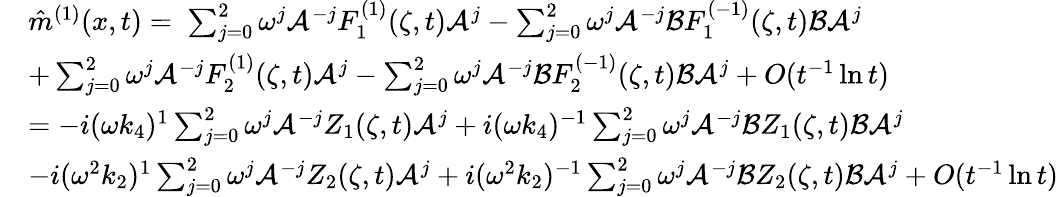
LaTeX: \begin{array}{rl}&{\hat{m}^{(1)}(x,t)=\; \sum_{j=0}^{2}\omega^{j}\mathcal{A}^{-j}F_{1}^{(1)}(\zeta,t)\mathcal{A}^{j}-\sum_{j=0}^{2}\omega^{j}\mathcal{A}^{-j}\mathcal{B}F_{1}^{(-1)}(\zeta,t)\mathcal{B}\mathcal{A}^{j}}\\ &{+\sum_{j=0}^{2}\omega^{j}\mathcal{A}^{-j}F_{2}^{(1)}(\zeta,t)\mathcal{A}^{j}-\sum_{j=0}^{2}\omega^{j}\mathcal{A}^{-j}\mathcal{B}F_{2}^{(-1)}(\zeta,t)\mathcal{B}\mathcal{A}^{j}+O(t^{-1}\ln t)}\\ &{=-i(\omega k_{4})^{1}\sum_{j=0}^{2}\omega^{j}\mathcal{A}^{-j}Z_{1}(\zeta,t)\mathcal{A}^{j}+i(\omega k_{4})^{-1}\sum_{j=0}^{2}\omega^{j}\mathcal{A}^{-j}\mathcal{B}Z_{1}(\zeta,t)\mathcal{B}\mathcal{A}^{j}}\\ &{-i(\omega^{2}k_{2})^{1}\sum_{j=0}^{2}\omega^{j}\mathcal{A}^{-j}Z_{2}(\zeta,t)\mathcal{A}^{j}+i(\omega^{2}k_{2})^{-1}\sum_{j=0}^{2}\omega^{j}\mathcal{A}^{-j}\mathcal{B}Z_{2}(\zeta,t)\mathcal{B}\mathcal{A}^{j}+O(t^{-1}\ln t)}\end{array}